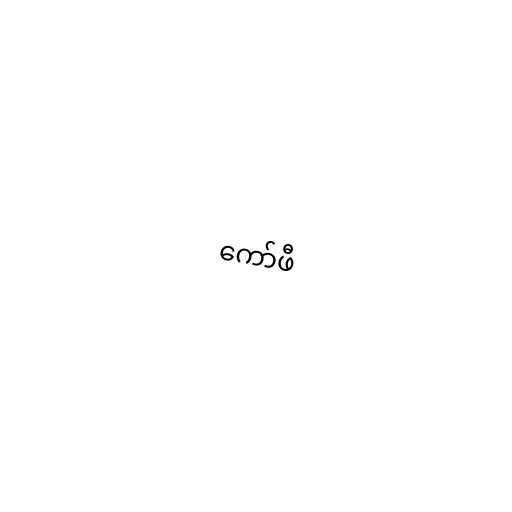
ကော်ဖီ